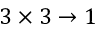
3 \times 3 \to 1